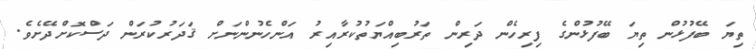
ތިޔަ ބޭފުޅުން ތިޔަ ބޭފުޅުންގެ ފިރިހެން ދަރިން ތަރުބިއްޔަތުކުރާއިރު އަންހެނުންނަށް ޤަދަރުކުރަން ދަސްކޮށްދޭށެވެ.